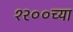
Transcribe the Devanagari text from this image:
१२००च्या